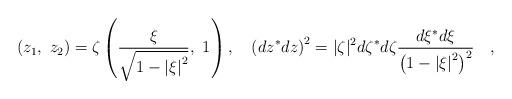
LaTeX: \begin{align*}\left( {{z_1},\ {z_2}} \right)=\zeta \left({{\xi \over {\sqrt {1-\left| \xi \right|^2}}},\ 1} \right),\quad \left({d z^{*}d z}\right)^{2}=|\zeta|^{2}d\zeta^{*}d\zeta {{d\xi^{*}d\xi}\over{\left( {1-\left| \xi\right|^2}\right)^2}}\quad,\end{align*}